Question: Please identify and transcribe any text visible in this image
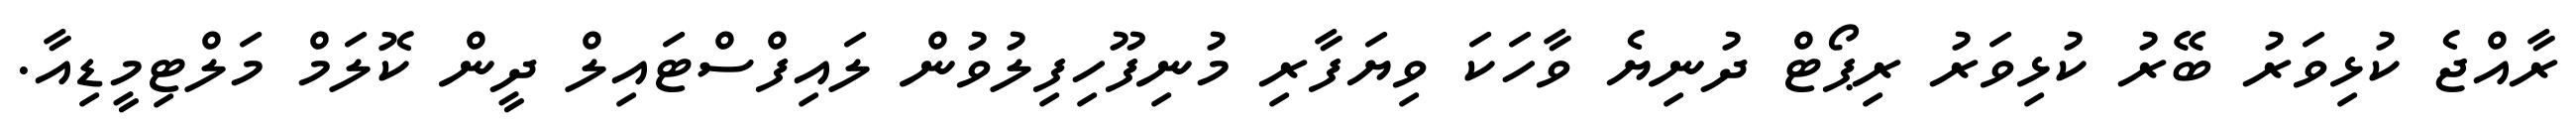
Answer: ރާއްޖެ ކުޅިވަރު ބޭރު ކުޅިވަރު ރިޕޯޓް ދުނިޔެ ވާހަކަ ވިޔަފާރި މުނިފޫހިފިލުވުން ލައިފްސްޓައިލް ދީން ކޮލަމް މަލްޓިމީޑިއާ.